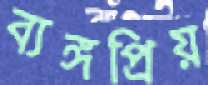
ব্যঙ্গপ্রিয়